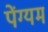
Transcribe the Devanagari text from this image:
पेंग्यम